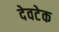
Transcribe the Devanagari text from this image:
देवटेक